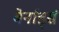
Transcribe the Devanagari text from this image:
बेर्नार्ड्स